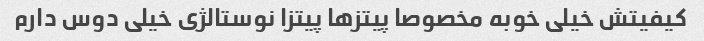
کیفیتش خیلی خوبه مخصوصا پیتز‌ها پیتزا نوستالژی خیلی دوس دارم